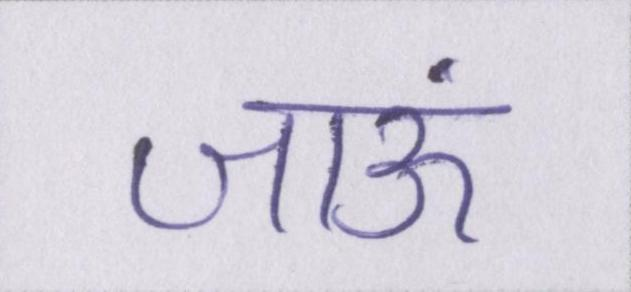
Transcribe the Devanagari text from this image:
जाऊं